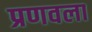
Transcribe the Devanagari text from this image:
प्रणवला